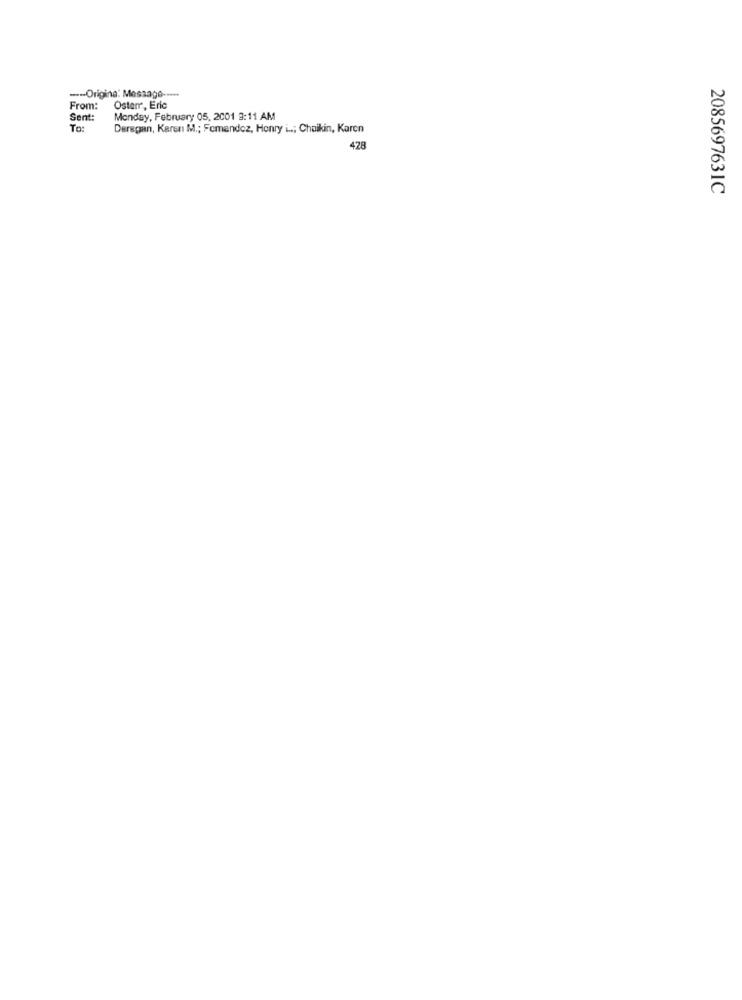
--- Origina: Message -----
From:
Osterr, Eric
Sent:
Monday, February 05, 2001 3:11 AM
To:
Dersgan, Karen M .; Fomendez, Henry i ..; Chaikin, Karen
428
2085697631C